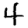
Digit: 4